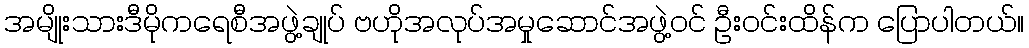
အမျိုးသားဒီမိုကရေစီအဖွဲ့ချုပ် ဗဟိုအလုပ်အမှုဆောင်အဖွဲ့ဝင် ဦးဝင်းထိန်က ပြောပါတယ်။